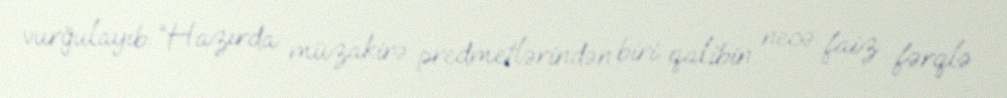
vurğulayıb: “Hazırda müzakirə predmetlərindən biri qalibin necə faiz fərqlə